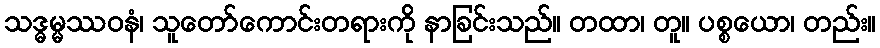
သဒ္ဓမ္မဿဝနံ၊ သူတော်ကောင်းတရားကို နာခြင်းသည်။ တထာ၊ တူ။ ပစ္စယော၊ တည်း။